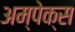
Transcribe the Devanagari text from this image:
अम्पेक्स